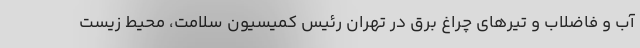
آب و فاضلاب و تیرهای چراغ برق در تهران رئیس کمیسیون سلامت، محیط زیست